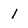
Character: 1